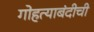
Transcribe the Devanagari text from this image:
गोहत्याबंदीची